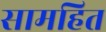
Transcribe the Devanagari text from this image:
सामहित